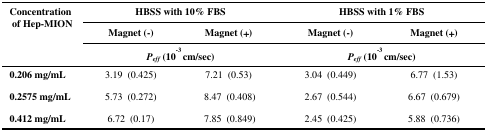
| <ROWSPAN=3> Concentration of Hep-MION | <COLSPAN=2> HBSS with 10% FBS | <COLSPAN=2> HBSS with 1% FBS |
 | Magnet (-) | Magnet (+) | Magnet (-) | Magnet (+) |
 | <COLSPAN=2> Peff (10-3 cm/sec) | <COLSPAN=2> Peff (10-3 cm/sec) |
 | --- | --- | --- | --- | --- |
 | 0.206 mg/mL | 3.19 (0.425) | 7.21 (0.53) | 3.04 (0.449) | 6.77 (1.53) |
 | 0.2575 mg/mL | 5.73 (0.272) | 8.47 (0.408) | 2.67 (0.544) | 6.67 (0.679) |
 | 0.412 mg/mL | 6.72 (0.17) | 7.85 (0.849) | 2.45 (0.425) | 5.88 (0.736) |